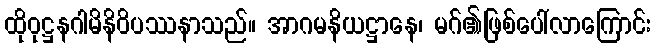
ထိုဝုဋ္ဌနဂါမိနိဝိပဿနာသည်။ အာဂမနိယဋ္ဌာနေ၊ မဂ်၏ဖြစ်ပေါ်လာကြောင်း